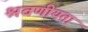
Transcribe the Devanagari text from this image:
श्रवणीयता